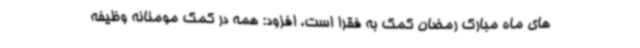
های ماه مبارک رمضان کمک به فقرا است، افزود: همه در کمک مومنانه وظیفه